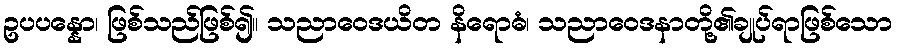
ဥပပန္နော၊ ဖြစ်သည်ဖြစ်၍။ သညာဝေဒယိတ နိရောဓံ၊ သညာဝေဒနာတို့၏ချုပ်ရာဖြစ်သော